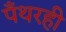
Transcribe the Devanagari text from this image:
पँथरही